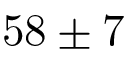
5 8 \pm 7